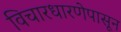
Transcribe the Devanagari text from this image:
विचारधारणेपासून